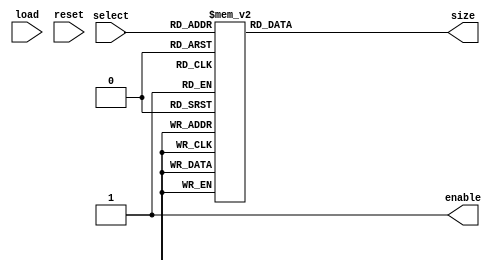
module letter_size_register (select, load, reset, enable, size);
input load, reset;
input [2:0] select;

output enable;
output [2:0] size;

reg enable;
reg [2:0] size;

always@(select, reset) begin
	if(reset == 0) begin
		enable <= 0;
		size <= 0;
	end
	//else if(load == 1) begin
		enable <= 1;
		//get size of letter symbols
		case(select)
			//A - 01
			3'b000: size <= 4'd2;
			//B - 1000
			3'b001: size <= 4'd4;
			//C - 1010
			3'b010: size <= 4'd4;
			//D - 100
			3'b011: size <= 4'd3;
			//E - 0
			3'b100: size <= 4'd1;
			//F - 0010
			3'b101: size <= 4'd4;
			//G - 110
			3'b110: size <= 4'd3;
			//H - 0000
			3'b111: size <= 4'd4;
		endcase
	//end
end

endmodule